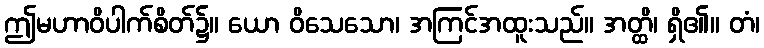
ဤမဟာဝိပါက်စိတ်၌။ ယော ဝိသေသော၊ အကြင်အထူးသည်။ အတ္ထိ၊ ရှိ၏။ တံ၊